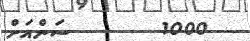
1000       ސަންއަށް